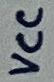
Text: VCC